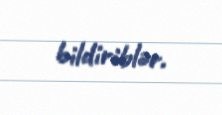
bildiriblər.